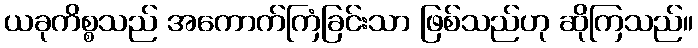
ယခုကိစ္စသည် အကောက်ကြံခြင်းသာ ဖြစ်သည်ဟု ဆိုကြသည်။